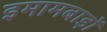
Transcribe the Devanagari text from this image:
इमामबाड़ों